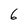
Character: 6